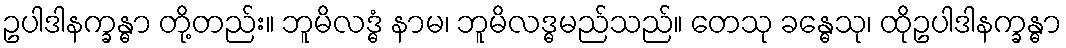
ဥပါဒါနက္ခန္ဓာ တို့တည်း။ ဘူမိလဒ္ဓံ နာမ၊ ဘူမိလဒ္ဓမည်သည်။ တေသု ခန္ဓေသု၊ ထိုဥပါဒါနက္ခန္ဓာ